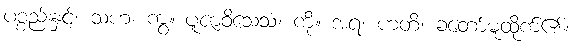
ပစ္စည်းနှင့်။ သဟ၊ ကွ။ ပူဇာဝိသေသံ၊ ကို။ အရ၊ ဟတိ၊ ခံတော်မူထိုက်၏။